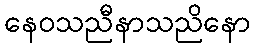
နေဝသညီနာသညိနော